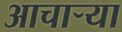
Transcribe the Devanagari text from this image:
आचार्‍या